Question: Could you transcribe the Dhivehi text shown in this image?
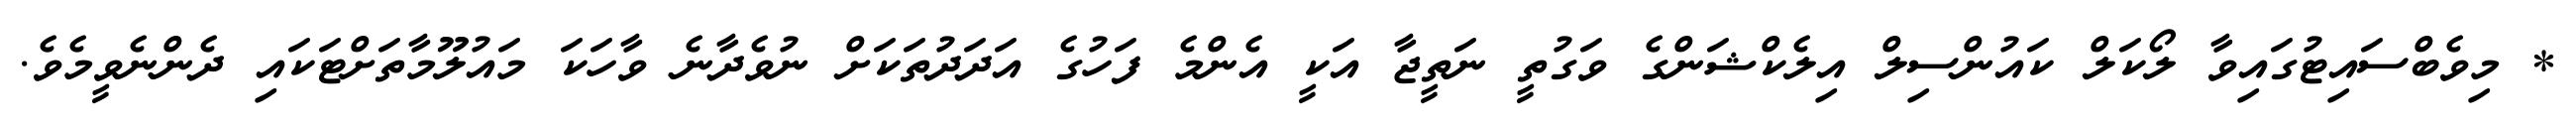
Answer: * މިވެބްސައިޓުގައިވާ ލޯކަލް ކައުންސިލް އިލެކްޝަންގެ ވަގުތީ ނަތީޖާ އަކީ އެންމެ ފަހުގެ އަދަދުތަކަށް ނުވެދާނެ ވާހަކަ މައުލޫމާތަށްޓަކައި ދެންނެވީމެވެ.